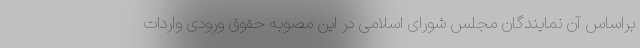
براساس آن نمایندگان مجلس شورای اسلامی در این مصوبه حقوق ورودی واردات